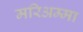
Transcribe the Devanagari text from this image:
मरिअम्मा